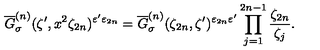
\overline { { G } } _ { \sigma } ^ { ( n ) } ( \zeta ^ { \prime } , x ^ { 2 } \zeta _ { 2 n } ) ^ { \varepsilon ^ { \prime } \varepsilon _ { 2 n } } = \overline { { G } } _ { \sigma } ^ { ( n ) } ( \zeta _ { 2 n } , \zeta ^ { \prime } ) ^ { \varepsilon _ { 2 n } \varepsilon ^ { \prime } } \prod _ { j = 1 } ^ { 2 n - 1 } \frac { \zeta _ { 2 n } } { \zeta _ { j } } .